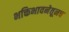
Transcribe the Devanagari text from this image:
भक्तिभावनेतूनच